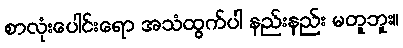
စာလုံးပေါင်းရော အသံထွက်ပါ နည်းနည်း မတူဘူး။